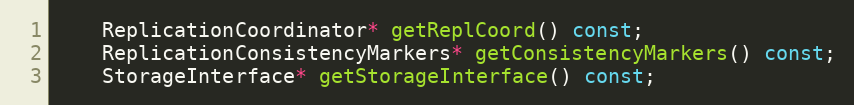
Language: C
    ReplicationCoordinator* getReplCoord() const;
    ReplicationConsistencyMarkers* getConsistencyMarkers() const;
    StorageInterface* getStorageInterface() const;